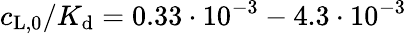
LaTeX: c_{\mathrm{L,0}}/K_{\mathrm{d}}=0.33\cdot 10^{-3}-4.3\cdot 10^{-3}